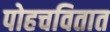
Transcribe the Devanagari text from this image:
पोहचवितात